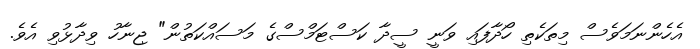
އެހެންނަމަވެސް މިތަކެތި ހޯދާފައި ވަނީ ސީދާ ކަސްޓަމްސްގެ މަސައްކަތުން" ޖިނާހު ވިދާޅުވި އެވެ.